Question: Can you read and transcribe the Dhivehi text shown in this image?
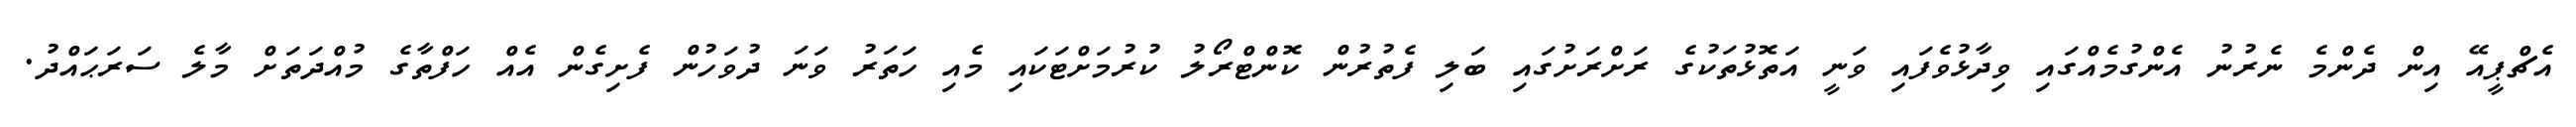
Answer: އެޗްޕީއޭ އިން ދެންމެ ނެރުނު އެންގުމެއްގައި ވިދާޅުވެފައި ވަނީ އަތޮޅުތަކުގެ ރަށްރަށުގައި ބަލި ފެތުރުން ކޮންޓްރޯލު ކުރުމަށްޓަކައި މެއި ހަތަރު ވަނަ ދުވަހުން ފެށިގެން އެއް ހަފްތާގެ މުއްދަތަށް މާލެ ސަރަޙައްދު.